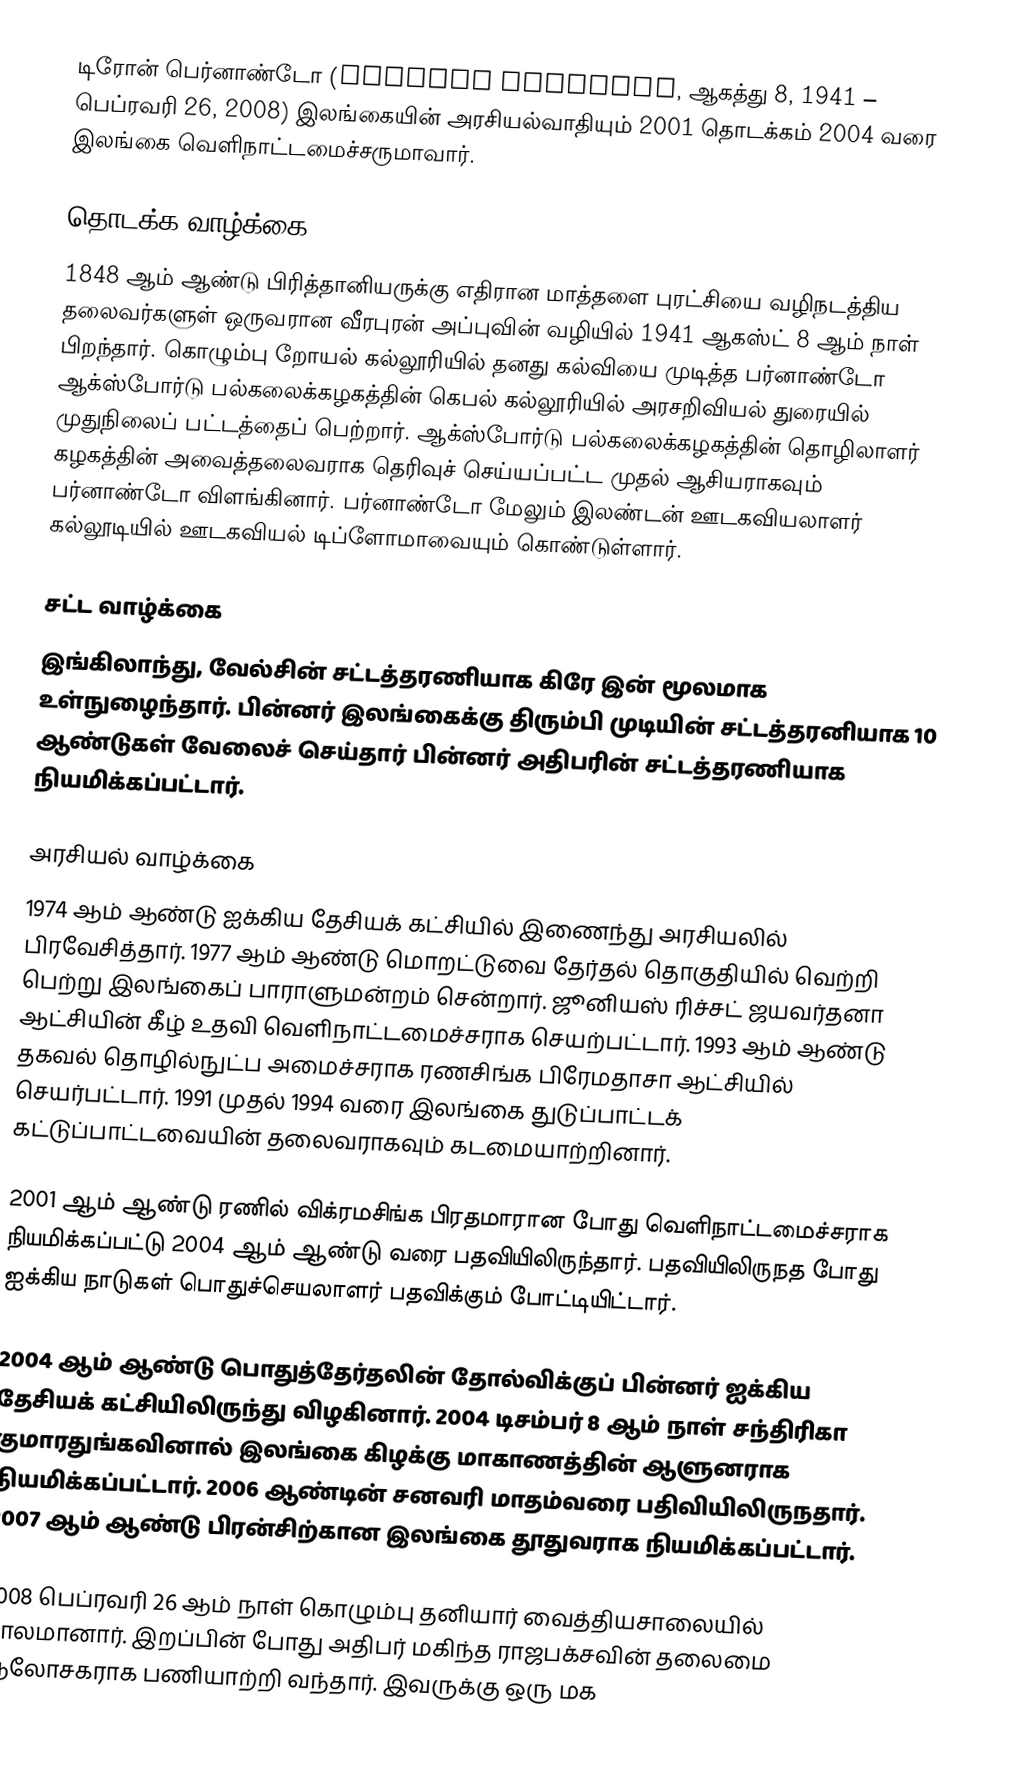
டிரோன் பெர்னாண்டோ (Tyronne Fernando, ஆகத்து 8, 1941 – பெப்ரவரி 26, 2008) இலங்கையின் அரசியல்வாதியும் 2001 தொடக்கம் 2004 வரை இலங்கை வெளிநாட்டமைச்சருமாவார்.

தொடக்க வாழ்க்கை
1848 ஆம் ஆண்டு பிரித்தானியருக்கு எதிரான மாத்தளை புரட்சியை வழிநடத்திய தலைவர்களுள் ஒருவரான வீரபுரன் அப்புவின் வழியில் 1941 ஆகஸ்ட் 8 ஆம் நாள் பிறந்தார். கொழும்பு றோயல் கல்லூரியில் தனது கல்வியை முடித்த பர்னாண்டோ ஆக்ஸ்போர்டு பல்கலைக்கழகத்தின் கெபல் கல்லூரியில் அரசறிவியல் துரையில் முதுநிலைப் பட்டத்தைப் பெற்றார். ஆக்ஸ்போர்டு பல்கலைக்கழகத்தின் தொழிலாளர் கழகத்தின் அவைத்தலைவராக தெரிவுச் செய்யப்பட்ட முதல் ஆசியராகவும் பர்னாண்டோ விளங்கினார். பர்னாண்டோ மேலும் இலண்டன் ஊடகவியலாளர் கல்லூடியில் ஊடகவியல் டிப்ளோமாவையும் கொண்டுள்ளார்.

சட்ட வாழ்க்கை
இங்கிலாந்து, வேல்சின் சட்டத்தரணியாக கிரே இன் மூலமாக உள்நுழைந்தார். பின்னர் இலங்கைக்கு திரும்பி முடியின் சட்டத்தரனியாக 10 ஆண்டுகள் வேலைச் செய்தார் பின்னர் அதிபரின் சட்டத்தரணியாக நியமிக்கப்பட்டார்.

அரசியல் வாழ்க்கை
1974 ஆம் ஆண்டு ஐக்கிய தேசியக் கட்சியில் இணைந்து அரசியலில் பிரவேசித்தார். 1977 ஆம் ஆண்டு மொறட்டுவை தேர்தல் தொகுதியில் வெற்றி பெற்று இலங்கைப் பாராளுமன்றம் சென்றார். ஜூனியஸ் ரிச்சட் ஜயவர்தனா ஆட்சியின் கீழ் உதவி வெளிநாட்டமைச்சராக செயற்பட்டார். 1993 ஆம் ஆண்டு தகவல் தொழில்நுட்ப அமைச்சராக ரணசிங்க பிரேமதாசா ஆட்சியில் செயர்பட்டார். 1991 முதல் 1994 வரை இலங்கை துடுப்பாட்டக் கட்டுப்பாட்டவையின் தலைவராகவும் கடமையாற்றினார்.

2001 ஆம் ஆண்டு ரணில் விக்ரமசிங்க பிரதமாரான போது வெளிநாட்டமைச்சராக நியமிக்கப்பட்டு 2004 ஆம் ஆண்டு வரை பதவியிலிருந்தார். பதவியிலிருநத போது ஐக்கிய நாடுகள் பொதுச்செயலாளர் பதவிக்கும் போட்டியிட்டார்.

2004 ஆம் ஆண்டு பொதுத்தேர்தலின் தோல்விக்குப் பின்னர் ஐக்கிய தேசியக் கட்சியிலிருந்து விழகினார். 2004 டிசம்பர் 8 ஆம் நாள்  சந்திரிகா குமாரதுங்கவினால் இலங்கை கிழக்கு மாகாணத்தின் ஆளுனராக நியமிக்கப்பட்டார். 2006 ஆண்டின் சனவரி மாதம்வரை பதிவியிலிருநதார். 2007 ஆம் ஆண்டு பிரன்சிற்கான இலங்கை தூதுவராக நியமிக்கப்பட்டார்.

2008 பெப்ரவரி 26 ஆம் நாள் கொழும்பு தனியார் வைத்தியசாலையில் காலமானார். இறப்பின் போது அதிபர் மகிந்த ராஜபக்சவின் தலைமை ஆலோசகராக பணியாற்றி வந்தார். இவருக்கு ஒரு மக